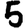
Digit: 5